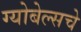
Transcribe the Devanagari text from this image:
ग्योबेल्सचे